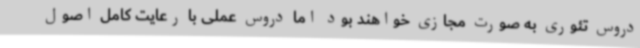
دروس تئوری به صورت مجازی خواهند بود اما دروس عملی با رعایت کامل اصول